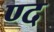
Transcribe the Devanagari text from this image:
ण्द